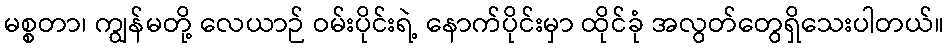
မစ္စတာ၊ ကျွန်မတို့ လေယာဉ် ဝမ်းပိုင်းရဲ့ နောက်ပိုင်းမှာ ထိုင်ခုံ အလွတ်တွေရှိသေးပါတယ်။